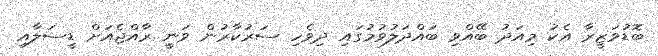
ބޮޑުވަޒީރާ އެކު މިއަދު ބޭއްވި ބައްދަލުވުމުގައި ދިވެހި ސަރުކާރުން ވަނީ ރާއްޖެއަށް ޑީސަލާއި